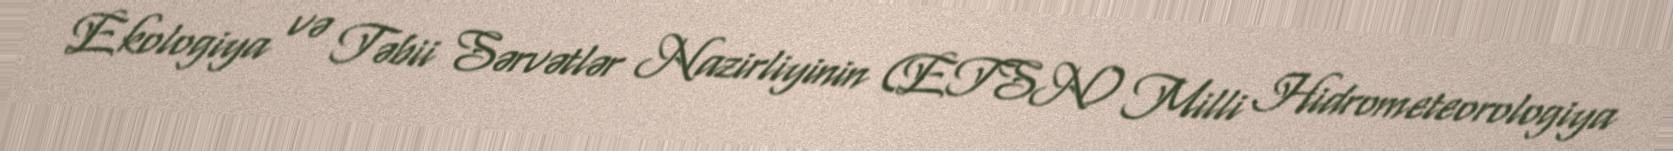
Ekologiya və Təbii Sərvətlər Nazirliyinin (ETSN) Milli Hidrometeorologiya